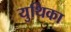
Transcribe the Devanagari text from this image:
युथिका